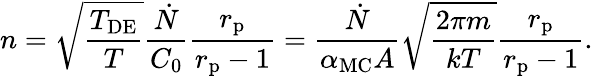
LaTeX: n=\sqrt{\frac{T_{\mathrm{DE}}}{T}}\frac{\dot{N}}{C_{0}}\frac{r_{\mathrm{p}}}{r_{\mathrm{p}}-1}=\frac{\dot{N}}{\alpha_{\mathrm{MC}}A}\sqrt{\frac{2\pi m}{kT}}\frac{r_{\mathrm{p}}}{r_{\mathrm{p}}-1}.